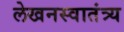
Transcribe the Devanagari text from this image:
लेखनस्वातंत्र्य